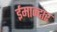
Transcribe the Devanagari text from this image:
ईमान्दार